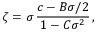
\zeta = \sigma \, { \frac { c - B \sigma / 2 } { 1 - C \sigma ^ { 2 } } } \, ,